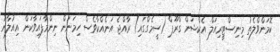
ކޮމަންވްލެތު މިނިސްޓީރިއަލް އެކްޝަން ގްރޫޕް (ސީމެގްގައި) ރާއްޖެ އަނެއްކާވެސް ހިމަނަން ނިންމާފައިވާކަން އިއުލާނު